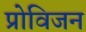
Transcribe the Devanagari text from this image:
प्रोविजन